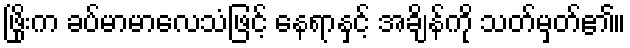
ဖြိုးက ခပ်မာမာလေသံဖြင့် နေရာနှင့် အချိန်ကို သတ်မှတ်၏။